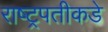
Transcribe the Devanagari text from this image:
राष्ट्रपतीकडे